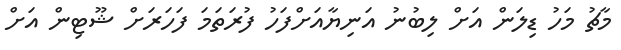
މާޗު މަހު ޑިލަން އަށް ލިބުނު އަނިޔާއަށްފަހު ފުރަތަމަ ފަހަރަށް ޝޫޓިން އަށް